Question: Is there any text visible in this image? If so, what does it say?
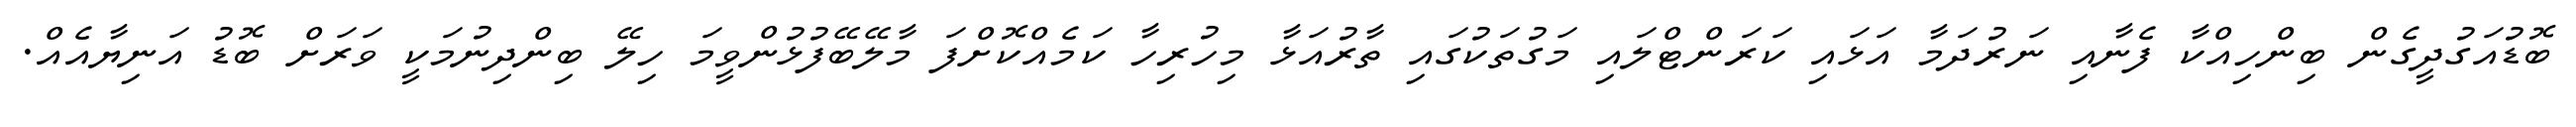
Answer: ބޮޑުއަގުދީގެން ބިންހިއްކާ ފެނާއި ނަރުދަމާ އަޅައި ކަރަންޓްލައި މަގުތަކުގައި ތާރުއަޅާ މިހުރިހާ ކަމެއްކޮށްފަ މާލޭބޭފުޅުންވީމަ ހިލޭ ބިންދިނުމަކީ ވަރަށް ބޮޑު އަނިޔާއެއް.